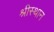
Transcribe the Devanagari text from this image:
श्रीस्थान